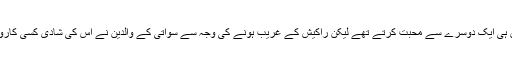
خاندانی ذرائع کا کہنا ہے کہ دونوں ہی ایک دوسرے سے محبت کرتے تھے لیکن راکیش کے غریب ہونے کی وجہ سے سواتی کے والدین نے اس کی شادی کسی کاروباری شخص کے ساتھ کردی تھی۔